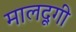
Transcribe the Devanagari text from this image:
मालदूगी